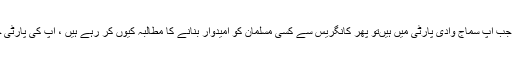
یہ سوال ان سے کوئی بھی دریافت کر سکتا ہے کہ جب آپ سماج وادی پارٹی میں ہیںتو پھر کانگریس سے کسی مسلمان کو امیدوار بنانے کا مطالبہ کیوں کر رہے ہیں ، آپ کی پارٹی خود کسی مسلمان کو امیدواری کیوں نہیں دے دیتی؟